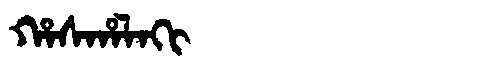
Manchu: ᡥᠠᠰᡥᠠᠯᠠᡴᡳ
Romanization: HASHALAKI